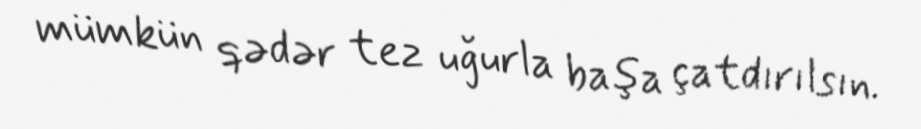
mümkün qədər tez uğurla başa çatdırılsın.